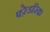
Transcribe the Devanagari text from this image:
फ्ऱेडरिक